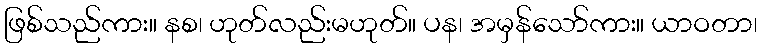
ဖြစ်သည်ကား။ နစ၊ ဟုတ်လည်းမဟုတ်။ ပန၊ အမှန်သော်ကား။ ယာဝတာ၊